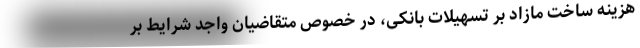
هزینه ساخت مازاد بر تسهیلات بانکی، در خصوص متقاضیان واجد شرایط بر